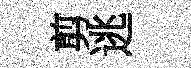
剪逃